Indian journal of veterinary science and animal husbandry - Volumes 18-21, 1948-1951
Year: 1948
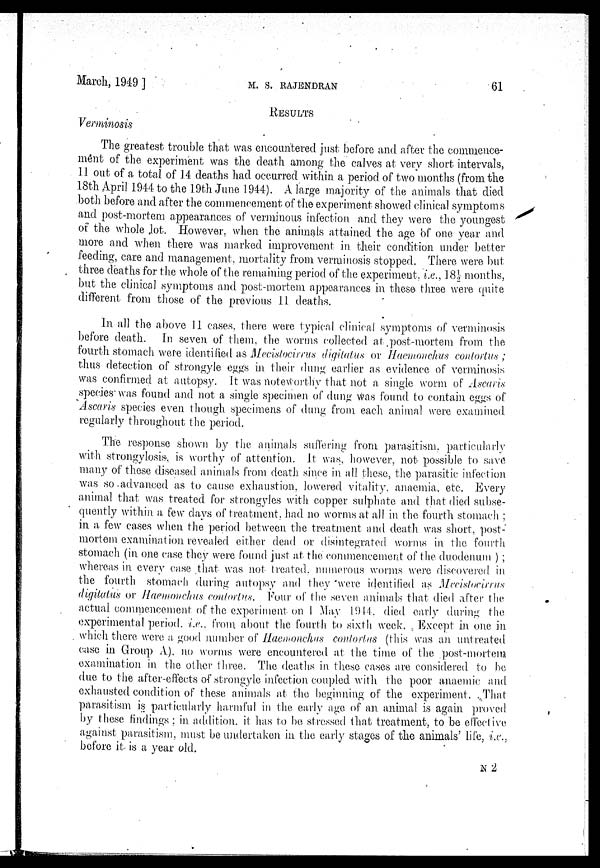
March, 1949]
M.
S.
RAJENDRAN
61
RESULTS
Verminosis
The greatest trouble that was encountered just before and after the commence-
ment of the experiment was the death among the calves at very short intervals,
11 out of a total of 14 deaths had occurred within a period of two months (from the
18th April 1944 to the 19th June 1944). A large majority of the animals that died
both before and after the commencement of the experiment showed clinical symptoms
and post-mortem appearances of verminous infection and they were the youngest
of the whole lot. However, when the animals attained the age of one year and
more and when there was marked improvement in their condition under better
feeding, care and management, mortality from verminosis stopped. There were but
three deaths for the whole of the remaining period of the experiment, i.e., 18½ months,
but the clinical symptoms and post-mortem appearances in these three were quite
different from those of the previous 11 deaths.
In all the above 11 cases, there were typical clinical symptoms of verminosis
before death. In seven of them, the worms collected at post-mortem, from the
fourth stomach were identified as Mecistocirrus digitatus or Haemonchus contortus;
thus detection of strongyle eggs in their dung earlier as evidence of verminosis
was confirmed at autopsy. It was noteworthy that not a single worm of Ascaris
species was found and not a single specimen of dung was found to contain eggs of
Ascaris species even though specimens of dung from each animal were examined
regularly throughout the period.
The response shown by the. animals suffering from parasitism, particularly
with strongylosis, is worthy of attention. It was, however, not possible to save
many of these diseased animals from death since in all these, the parasitic infection
was so advanced as to cause exhaustion, lowered vitality, anaemia, etc. Every
animal that was treated for strongyles with copper sulphate and that died subse-
quently within a few days of treatment, had no worms at all in the fourth stomach;
in a few cases when the period between the treatment and death was short, post-
mortem examination revealed either dead or disintegrated worms in the fourth
stomach (in one case they were found just at the commencement of the duodenum);
whereas in every case that was not treated, numerous worms were discovered in
the fourth stomach during autopsy and they were identified as Mecistocirrus
digitatus or Haemonchus contortus. Four of the seven animals that died after the
actual commencement of the experiment on 1 May 1944. died carly during the
experimental period, i.e., from about the fourth to sixth week. Except in one in
which there were a good number of Haemonchus contortus (this was an untreated
case in Group A), no worms were encountered at the time of the post-mortem
examination in the other three. The deaths in these cases are considered to be
due to the after-effects of strongyle infection coupled with the poor anaemic and
exhausted condition of these animals at the beginning of the experiment. That
parasitism is particularly harmful in the early age of an animal is again proved
by these findings; in addition, it has to be stressed that treatment, to be effective
against parasitism, must be undertaken in the early stages of the animals' life, i.e.,
before it is a year old.
N 2